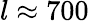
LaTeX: l\approx 700